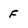
Character: F